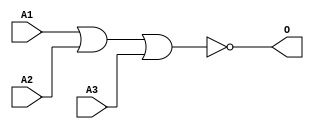
module MJNOR3B(A1, A2, A3, O);
input   A1;
input   A2;
input   A3;
output  O;
nor g0(O, A1, A2, A3);
endmodule